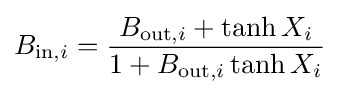
B_{\mathrm {in} ,i}={\frac {B_{\mathrm {out} ,i}+\tanh X_{i}}{1+B_{\mathrm {out} ,i}\tanh X_{i}}}